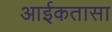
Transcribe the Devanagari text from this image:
आईकतासा